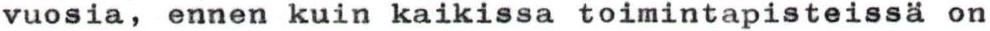
vuosia, ennen kuin kaikissa toimintapisteissä on